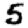
Digit: 5